Civil Veterinary Department Bihar reports 1936-40 - 1936-1940
Year: 1936
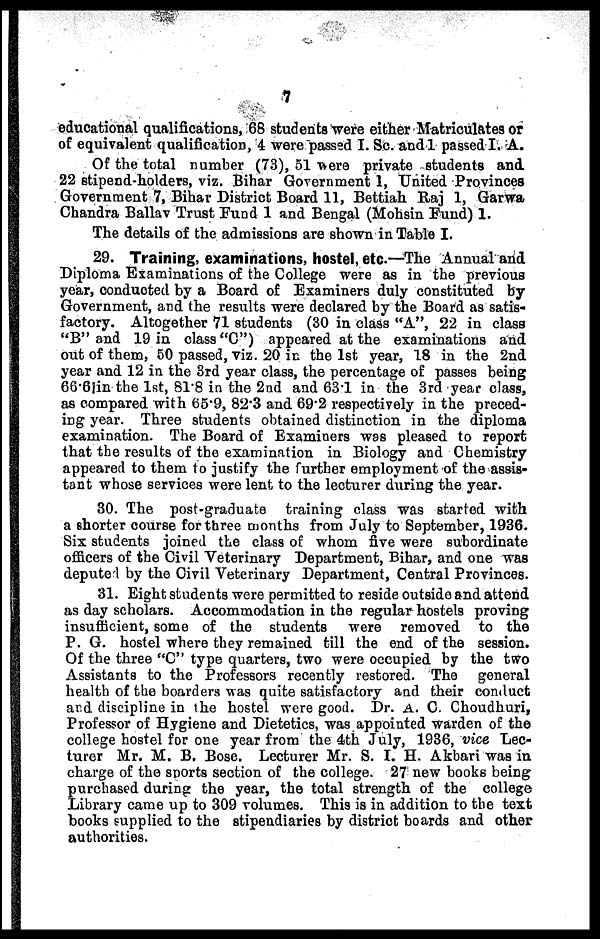
7
educational qualifications, 68 students were either Matriculates or
of equivalent qualification, 4 were passed I. Sc. and 1 passed I. A.
Of the total number (73), 51 were private students and
22 stipend-holders, viz. Bihar Government 1, United Provinces
Government 7, Bihar District Board 11, Bettiah Raj 1, Garwa
Chandra Ballav Trust Fund 1 and Bengal (Mohsin Fund) 1.
The details of the admissions are shown in Table I.
29. Training, examinations, hostel, etc.—The Annual and
Diploma Examinations of the College were as in the previous
year, conducted by a Board of Examiners duly constituted by
Government, and the results were declared by the Board as satis-
factory. Altogether 71 students (30 in class "A", 22 in class
"B" and 19 in class "C") appeared at the examinations and
out of them, 50 passed, viz. 20 in the 1st year, 18 in the 2nd
year and 12 in the 3rd year class, the percentage of passes being
66.61 in the 1st, 81.8 in the 2nd and 63.1 in the 3rd year class,
as compared with 65.9, 82.3 and 69.2 respectively in the preced-
ing year. Three students obtained distinction in the diploma
examination. The Board of Examiners was pleased to report
that the results of the examination in Biology and Chemistry
appeared to them to justify the further employment of the assis-
tant whose services were lent to the lecturer during the year.
30. The post-graduate training class was started with
a shorter course for three months from July to September, 1936.
Six students joined the class of whom five were subordinate
officers of the Civil Veterinary Department, Bihar, and one was
deputed by the Civil Veterinary Department, Central Provinces.
31. Eight students were permitted to reside outside and attend
as day scholars. Accommodation in the regular hostels proving
insufficient, some of the students were removed to the
P. G. hostel where they remained till the end of the session.
Of the three "C" type quarters, two were occupied by the two
Assistants to the Professors recently restored. The general
health of the boarders was quite satisfactory and their conduct
and discipline in the hostel were good. Dr. A. C. Choudhuri,
Professor of Hygiene and Dietetics, was appointed warden of the
college hostel for one year from the 4th July, 1936, vice Lec-
turer Mr. M. B. Bose. Lecturer Mr. S. I. H. Akbari was in
charge of the sports section of the college. 27 new books being
purchased during the year, the total strength of the college
Library came up to 309 volumes. This is in addition to the text
books supplied to the stipendiaries by district boards and other
authorities.